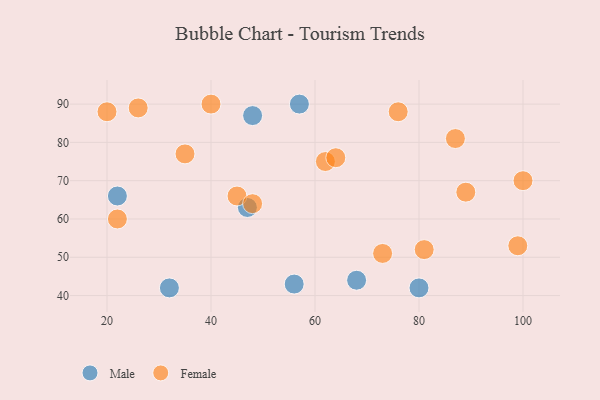
{"axis": {"x": "GDP", "y": "Life Expectancy"}, "legend": ["Female", "Male"], "data": [{"x": "56", "y": 43, "type": "Male"}, {"x": "48", "y": 87, "type": "Male"}, {"x": "22", "y": 66, "type": "Male"}, {"x": "47", "y": 63, "type": "Male"}, {"x": "57", "y": 90, "type": "Male"}, {"x": "68", "y": 44, "type": "Male"}, {"x": "32", "y": 42, "type": "Male"}, {"x": "80", "y": 42, "type": "Male"}, {"x": "99", "y": 53, "type": "Female"}, {"x": "35", "y": 77, "type": "Female"}, {"x": "40", "y": 90, "type": "Female"}, {"x": "89", "y": 67, "type": "Female"}, {"x": "73", "y": 51, "type": "Female"}, {"x": "62", "y": 75, "type": "Female"}, {"x": "20", "y": 88, "type": "Female"}, {"x": "45", "y": 66, "type": "Female"}, {"x": "64", "y": 76, "type": "Female"}, {"x": "100", "y": 70, "type": "Female"}, {"x": "81", "y": 52, "type": "Female"}, {"x": "48", "y": 64, "type": "Female"}, {"x": "22", "y": 60, "type": "Female"}, {"x": "76", "y": 88, "type": "Female"}, {"x": "26", "y": 89, "type": "Female"}, {"x": "87", "y": 81, "type": "Female"}]}